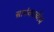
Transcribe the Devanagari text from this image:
सायंकाळीच